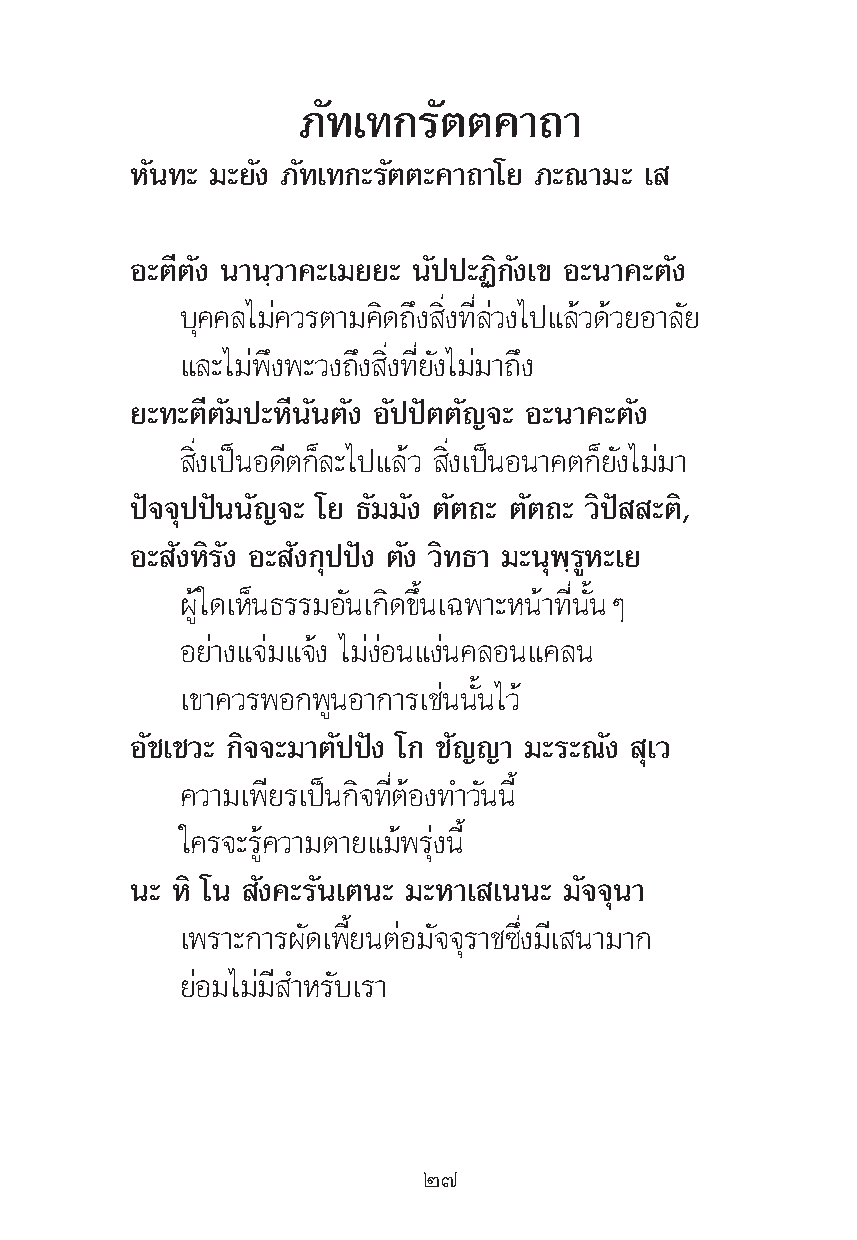
¿—∑‡∑°√—μμ§“∂“
 À—π∑– ¡–¬—ß ¿—∑‡∑°–√—μμ–§“∂“‚¬ ¿–≥“¡– ‡
 Õ–μ’μ—ß π“π⁄«“§–‡¡¬¬– π—ªª–Ø‘°—ß‡¢ Õ–π“§–μ—ß
 ∫ÿ§§≈‰¡à§«√μ“¡§‘¥∂÷ß ‘Ëß∑’Ë≈à«ß‰ª·≈â«¥â«¬Õ“≈—¬
 ·≈–‰¡àæ÷ßæ–«ß∂÷ß ‘Ëß∑’Ë¬—ß‰¡à¡“∂÷ß
 ¬–∑–μ’μ—¡ª–À’π—πμ—ß Õ—ªªíμμ—≠®– Õ–π“§–μ—ß
 ‘Ëß‡ªìπÕ¥’μ°Á≈–‰ª·≈â« ‘Ëß‡ªìπÕπ“§μ°Á¬—ß‰¡à¡“
 ªí®®ÿªªíππ—≠®– ‚¬ ∏—¡¡—ß μ—μ∂– μ—μ∂– «‘ªí –μ‘,
 Õ– —ßÀ‘√—ß Õ– —ß°ÿªªíß μ—ß «‘∑∏“ ¡–πÿæ⁄√ŸÀ–‡¬
 ºŸâ„¥‡ÀÁπ∏√√¡Õ—π‡°‘¥¢÷Èπ‡©æ“–Àπâ“∑’Ëπ—ÈπÊ
 Õ¬à“ß·®à¡·®âß ‰¡àßàÕπ·ßàπ§≈Õπ·§≈π
 ‡¢“§«√æÕ°æŸπÕ“°“√‡™àππ—Èπ‰«â
 Õ—™‡™«– °‘®®–¡“μ—ªªíß ‚° ™—≠≠“ ¡–√–≥—ß ÿ‡«
 §«“¡‡æ’¬√‡ªìπ°‘®∑’ËμâÕß∑”«—ππ’È
 „§√®–√Ÿâ§«“¡μ“¬·¡âæ√ÿàßπ’È
 π– À‘ ‚π —ß§–√—π‡μπ– ¡–À“‡ ‡ππ– ¡—®®ÿπ“
 ‡æ√“–°“√º—¥‡æ’È¬πμàÕ¡—®®ÿ√“™´÷Ëß¡’‡ π“¡“°
 ¬àÕ¡‰¡à¡’ ”À√—∫‡√“
 Ú˜